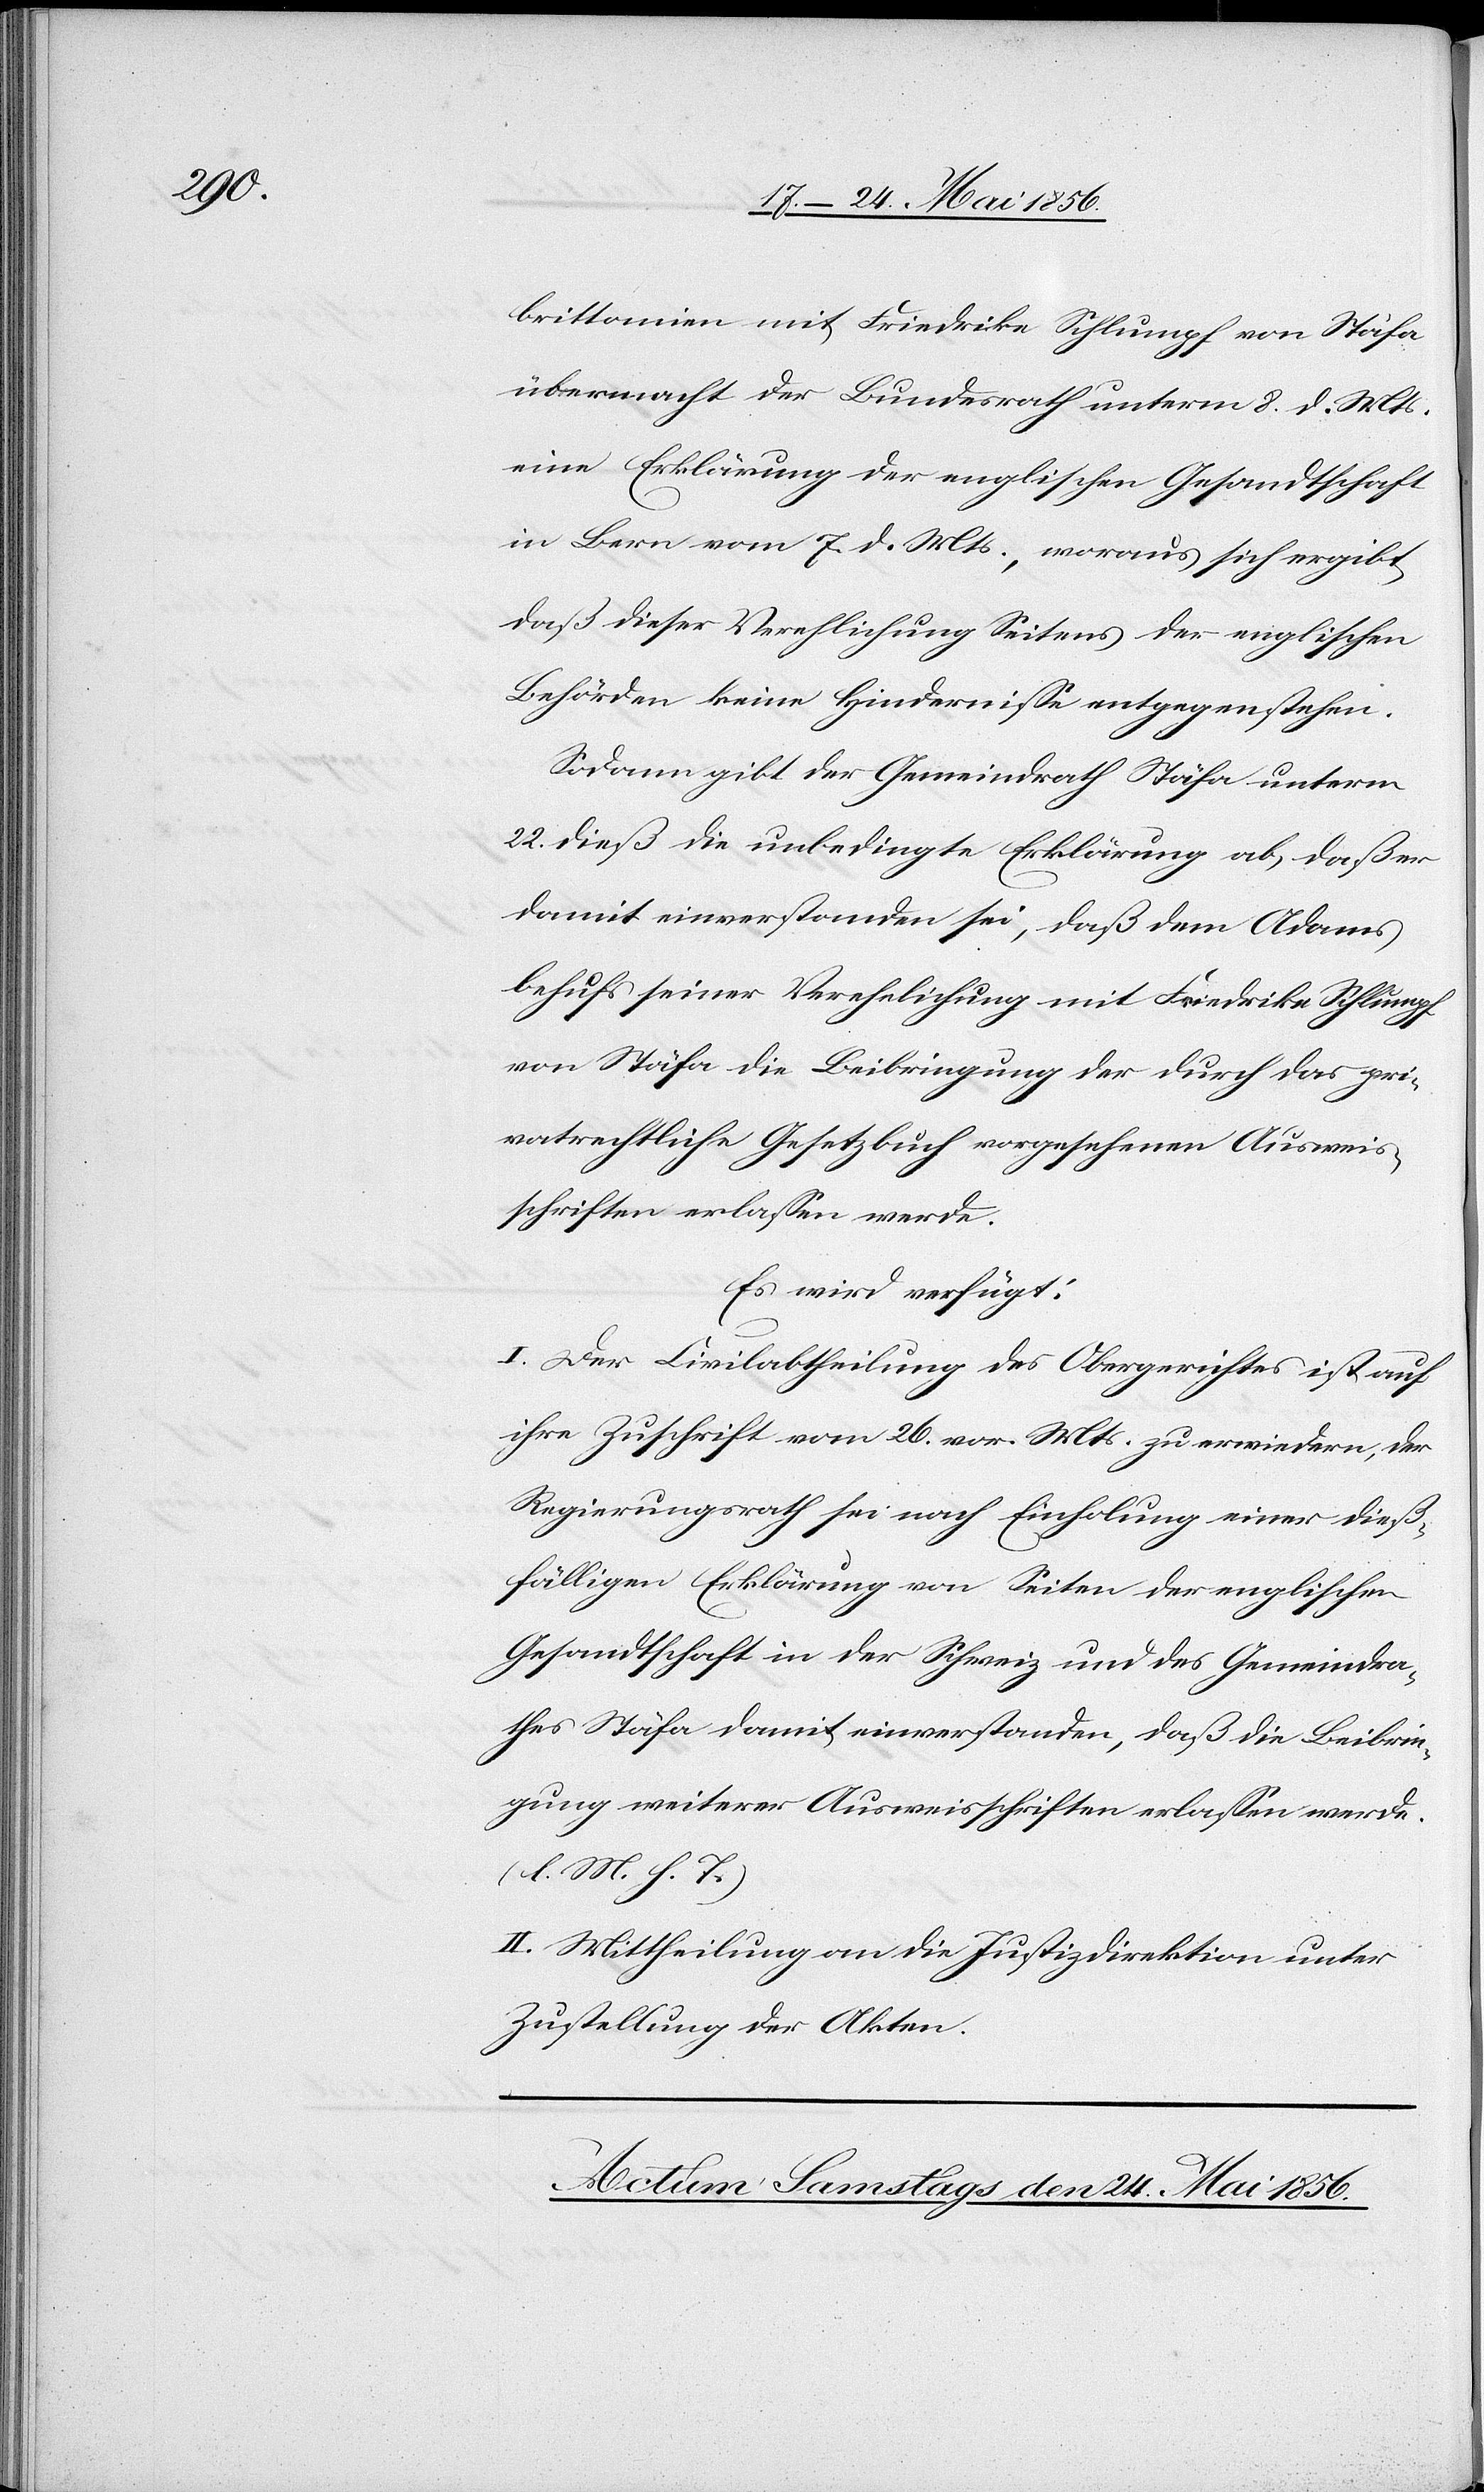
brittanien mit Friedrike Schlumpf von Stäfa
übermacht der Bundesrath unterm 8. d. Mts.
eine Erklärung der englischen Gesandtschaft
in Bern vom 7. d. Mts., woraus sich ergibt,
daß dieser Verehlichung Seitens der englischen
Behörden keine Hindernisse entgegenstehen.
Sodann gibt der Gemeindrath Stäfa unterm
22. dieß die unbedingte Erklärung ab, daß er
damit einverstanden sei, daß dem Adams
behufs seiner Verehelichung [sic!] mit Friedrike Schlumpf
von Stäfa die Beibringung der durch das pri¬
vatrechtliche Gesetzbuch vorgesehenen Ausweis¬
schriften erlassen werde.
Es wird verfügt:
I. Der Civilabtheilung des Obergerichtes ist auf
ihre Zuschrift vom 26. vor. Mts. zu erwiedern, der
Regierungsrath sei nach Einholung einer dieß¬
fälligen Erklärung von Seiten der englischen
Gesandtschaft in der Schweiz und des Gemeindra¬
thes Stäfa damit einverstanden, daß die Beibrin¬
gung weiterer Ausweisschriften erlassen werde.
(l. M. h. T.)
II. Mittheilung an die Justizdirektion unter
Zustellung der Akten.